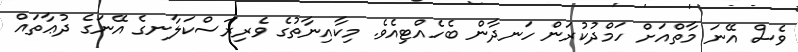
ވެސް އޭނަ މާތްއަށް ހަމްދުކުރަން ހަނދާން ބެހެއްޓިއެވެ. މިކާއިނާތުގެ ވެރިރަސްކަލާނގެ އޭނަގެ ދުޢާތައް